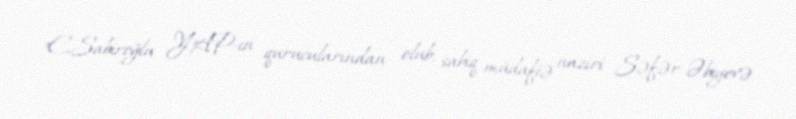
E.Sabiroğlu YAP-ın qurucularından olub, sabiq müdafiə naziri Səfər Əbiyevə